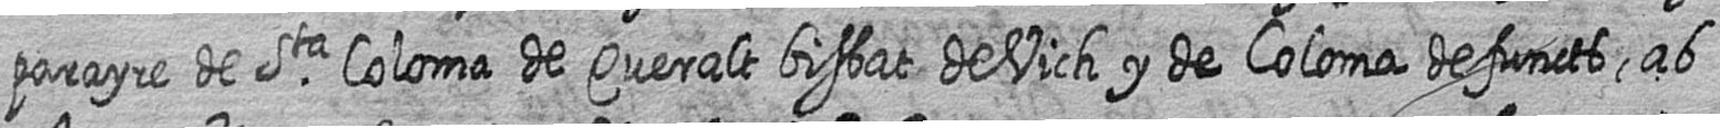
parayre de Sta Coloma de Queralt bisbat de Vich y de Coloma defuncts ab